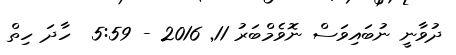
ދުވާނީ ނުބައިވަސް ނޮވެމްބަރު 11